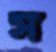
স